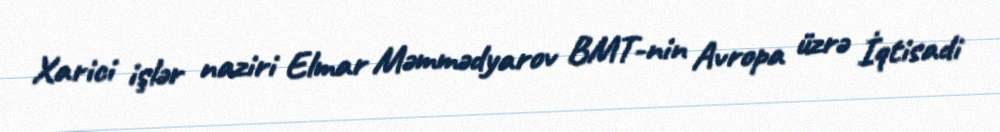
Xarici işlər naziri Elmar Məmmədyarov BMT-nin Avropa üzrə İqtisadi